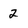
Character: 2